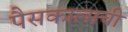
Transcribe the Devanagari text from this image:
पैसकालाची